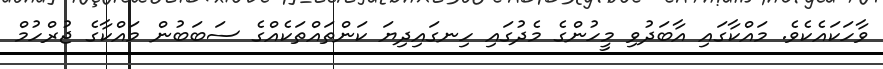
ވާހަކައެކެވެ. މައްކާގައި އާބަދުވި މީހުންގެ މެދުގައި ހިނގައިދިޔަ ކަންތައްތަކެއްގެ ސަބަބުން މައްކާގެ ޖުރްހުމް